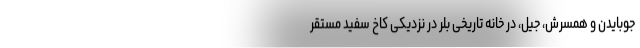
جوبایدن و همسرش، جیل، در خانه تاریخی بلر در نزدیکی کاخ سفید مستقر